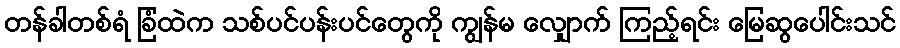
တန်ခါတစ်ရံ ခြံထဲက သစ်ပင်ပန်းပင်တွေကို ကျွန်မ လျှောက် ကြည့်ရင်း မြေဆွပေါင်းသင်